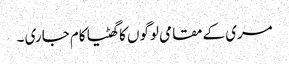
مری کے مقامی لوگوں کا گھٹیا کام جاری ۔